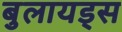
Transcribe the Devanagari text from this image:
बुलायड्स